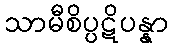
သာမီစိပ္ပဋိပန္နာ